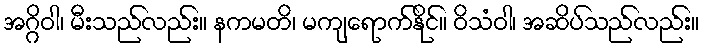
အဂ္ဂိဝါ၊ မီးသည်လည်း။ နကမတိ၊ မကျရောက်နိုင်။ ဝိသံဝါ၊ အဆိပ်သည်လည်း။